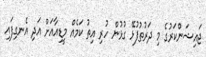
ޖައިޝަންކަރުގެ މި ދަރުތުފުޅޭ ގުޅުން ހުރި އިތު ކަމެއް މީޑިއާއަށް އަދި އެނގިފައި